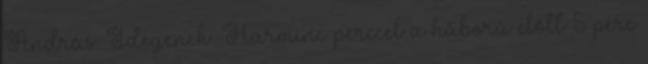
András. Idegenek. Harminc perccel a háború előtt 5 perc